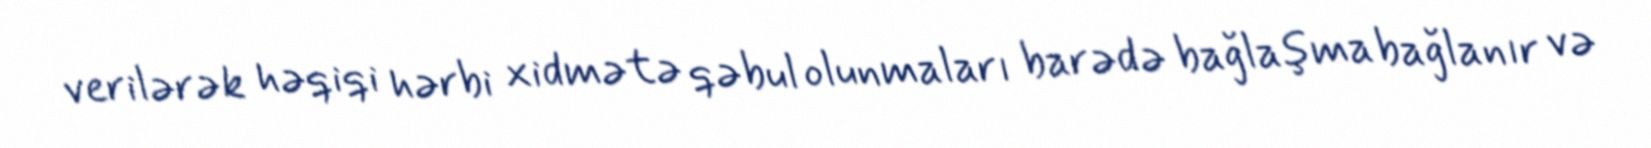
verilərək həqiqi hərbi xidmətə qəbul olunmaları barədə bağlaşma bağlanır və